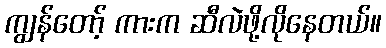
ကျွန်တော့် ကားက ဆီလဲဖို့လိုနေတယ်။